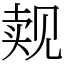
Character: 觌